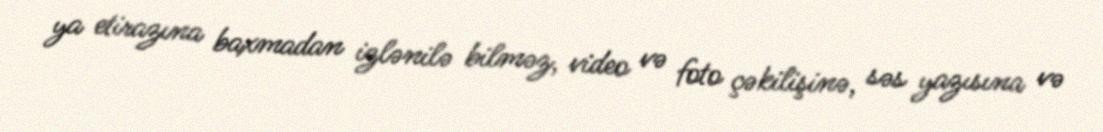
ya etirazına baxmadan izlənilə bilməz, video və foto çəkilişinə, səs yazısına və